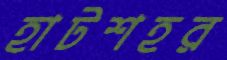
হাটশহর